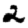
Digit: 2